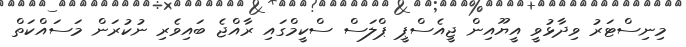
މިނިސްޓަރު ވިދާޅުވީ އީޔޫއިން ޖީއެސްޕީ ޕްލަސް ސްކީމްގައި ރާއްޖެ ބައިވެރި ނުކުރަން މަސައްކަތް